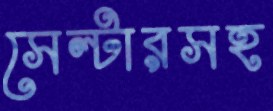
সেল্টারসহ